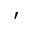
'